Civil Veterinary Department Bihar & Orissa reports 1929-36 - 1929-1936
Year: 1929
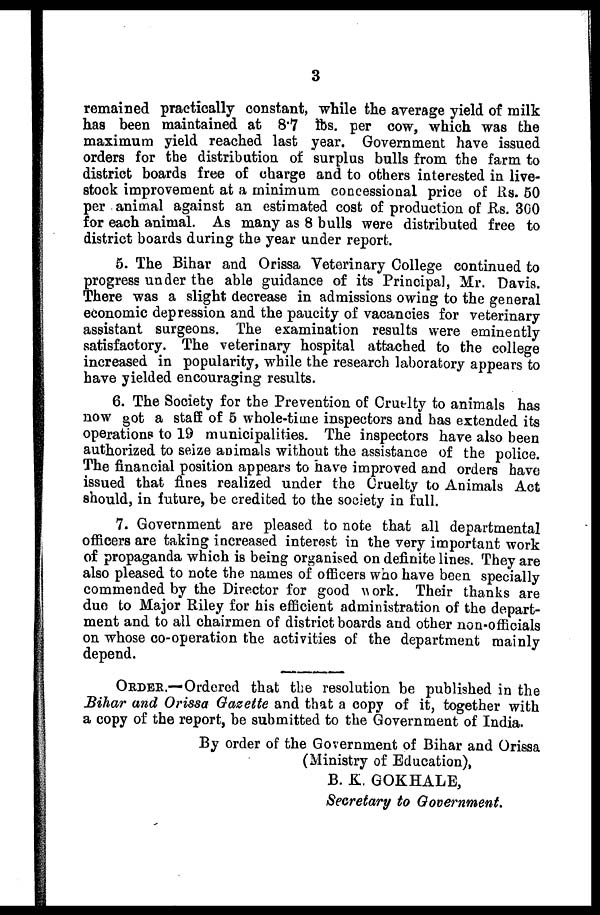
3
remained practically constant, while the average yield of milk
has been maintained at 8.7 lbs. per cow, which was the
maximum yield reached last year. Government have issued
orders for the distribution of surplus bulls from the farm to
district boards free of charge and to others interested in live-
stock improvement at a minimum concessional price of Rs. 50
per animal against an estimated cost of production of Rs. 300
for each animal. As many as 8 bulls were distributed free to
district boards during the year under report.
5. The Bihar and Orissa Veterinary College continued to
progress under the able guidance of its Principal, Mr. Davis.
There was a slight decrease in admissions owing to the general
economic depression and the paucity of vacancies for veterinary
assistant surgeons. The examination results were eminently
satisfactory. The veterinary hospital attached to the college
increased in popularity, while the research laboratory appears to
have yielded encouraging results.
6. The Society for the Prevention of Cruelty to animals has
now got a staff of 5 whole-time inspectors and has extended its
operations to 19 municipalities. The inspectors have also been
authorized to seize animals without the assistance of the police.
The financial position appears to have improved and orders have
issued that fines realized under the Cruelty to Animals Act
should, in future, be credited to the society in full.
7. Government are pleased to note that all departmental
officers are taking increased interest in the very important work
of propaganda which is being organised on definite lines. They are
also pleased to note the names of officers who have been specially
commended by the Director for good work. Their thanks are
duo to Major Riley for his efficient administration of the depart-
ment and to all chairmen of district boards and other non-officials
on whose co-operation the activities of the department mainly
depend.
ORDER.—Ordered that the resolution be published in the
Bihar and Orissa Gazette and that a copy of it, together with
a copy of the report, be submitted to the Government of India.
By order of the Government of Bihar and Orissa
(Ministry of Education),
B. K. GOKHALE,
Secretary to Government.